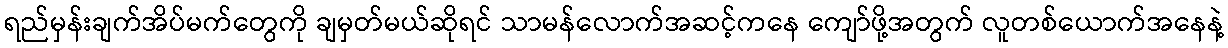
ရည်မှန်းချက်အိပ်မက်တွေကို ချမှတ်မယ်ဆိုရင် သာမန်လောက်အဆင့်ကနေ ကျော်ဖို့အတွက် လူတစ်ယောက်အနေနဲ့